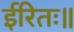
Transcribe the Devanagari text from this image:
ईरितः॥